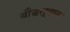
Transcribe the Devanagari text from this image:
बौद्धसूत्रात